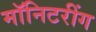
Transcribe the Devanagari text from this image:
मॉनिटरींग